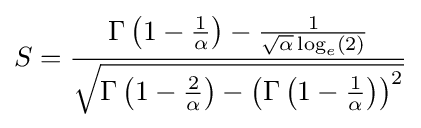
S={\frac {\Gamma \left(1-{\frac {1}{\alpha }}\right)-{\frac {1}{{\sqrt {\alpha }}\log _{e}(2)}}}{\sqrt {\Gamma \left(1-{\frac {2}{\alpha }}\right)-\left(\Gamma \left(1-{\frac {1}{\alpha }}\right)\right)^{2}}}}